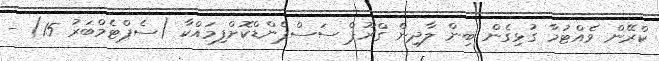
ކްރޭން ވެއްޓުމާ ގުޅިގެން ބިން ލާދިން ގްރޫޕް ސަސްޕެންޑްކޮށްފިމައްކާ (ސެޕްޓެމްބަރު 15) -